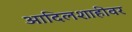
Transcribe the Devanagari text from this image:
आदिलशाहीवर